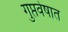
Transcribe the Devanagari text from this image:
गुप्तवेषात